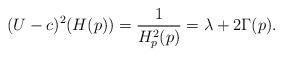
LaTeX: \begin{align*} (U-c)^2(H(p)) = \frac 1{H_p^2(p)} = \lambda + 2\Gamma(p).\end{align*}